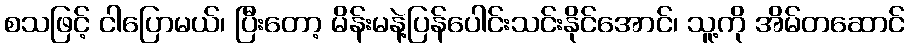
စသဖြင့် ငါပြောမယ်၊ ပြီးတော့ မိန်းမနဲ့ပြန်ပေါင်းသင်းနိုင်အောင်၊ သူ့ကို အိမ်တဆောင်